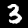
Label: 3